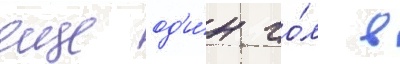
еще од'и́н го́л в